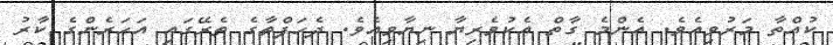
ކުއްތާ މަރުވިއެވެ. އެންމެ ގާތް އެކުވެރިޔާ ނިޔާވިއެވެ. ދެހަފްތާގެ ތެރޭގައި އަހަރެންގެ ކާރު